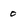
Character: 0